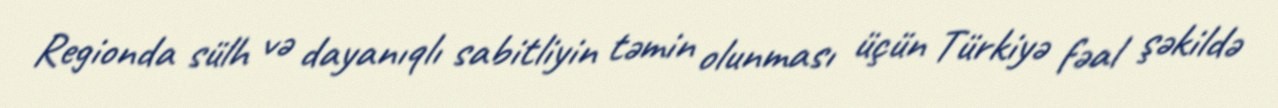
Regionda sülh və dayanıqlı sabitliyin təmin olunması üçün Türkiyə fəal şəkildə